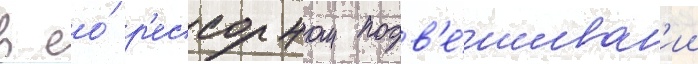
в ео́ р'ессорном подв'е́шиван'ии